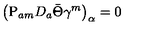
\left( \mathrm { P } _ { a m } D _ { a } \bar { \Theta } \gamma ^ { m } \right) _ { \alpha } = 0